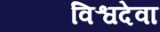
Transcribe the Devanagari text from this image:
विश्वदेवा